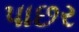
પાછર